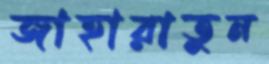
জাহারাতুন